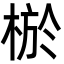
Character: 棜